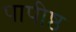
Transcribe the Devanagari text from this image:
पापीष्ठ